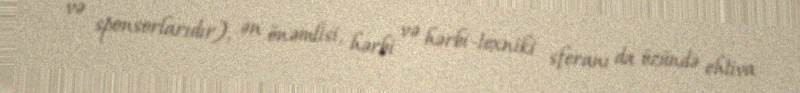
və sponsorlarıdır), ən önəmlisi, hərbi və hərbi-texniki sferanı da özündə ehtiva